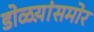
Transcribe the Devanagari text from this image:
डोळय़ांसमोर